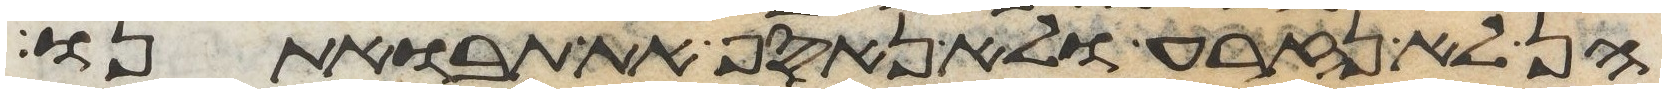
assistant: הן לא נזרע ולא נאסף את תבואתינו